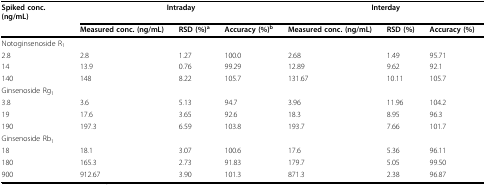
| Spiked conc.(ng/mL) | <COLSPAN=3> Intraday | <COLSPAN=3> Interday |
 |  | Measured conc. (ng/mL) | RSD (%)a | Accuracy (%)b | Measured conc. (ng/mL) | RSD (%) | Accuracy (%) |
 | --- | --- | --- | --- | --- | --- | --- |
 | Notoginsenoside R1 |  |  |  |  |  |  |
 | 2.8 | 2.8 | 1.27 | 100.0 | 2.68 | 1.49 | 95.71 |
 | 14 | 13.9 | 0.76 | 99.29 | 12.89 | 9.62 | 92.1 |
 | 140 | 148 | 8.22 | 105.7 | 131.67 | 10.11 | 105.7 |
 | Ginsenoside Rg1 |  |  |  |  |  |  |
 | 3.8 | 3.6 | 5.13 | 94.7 | 3.96 | 11.96 | 104.2 |
 | 19 | 17.6 | 3.65 | 92.6 | 18.3 | 8.95 | 96.3 |
 | 190 | 197.3 | 6.59 | 103.8 | 193.7 | 7.66 | 101.7 |
 | Ginsenoside Rb1 |  |  |  |  |  |  |
 | 18 | 18.1 | 3.07 | 100.6 | 17.6 | 5.36 | 96.11 |
 | 180 | 165.3 | 2.73 | 91.83 | 179.7 | 5.05 | 99.50 |
 | 900 | 912.67 | 3.90 | 101.3 | 871.3 | 2.38 | 96.87 |